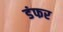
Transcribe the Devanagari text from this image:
डंफर